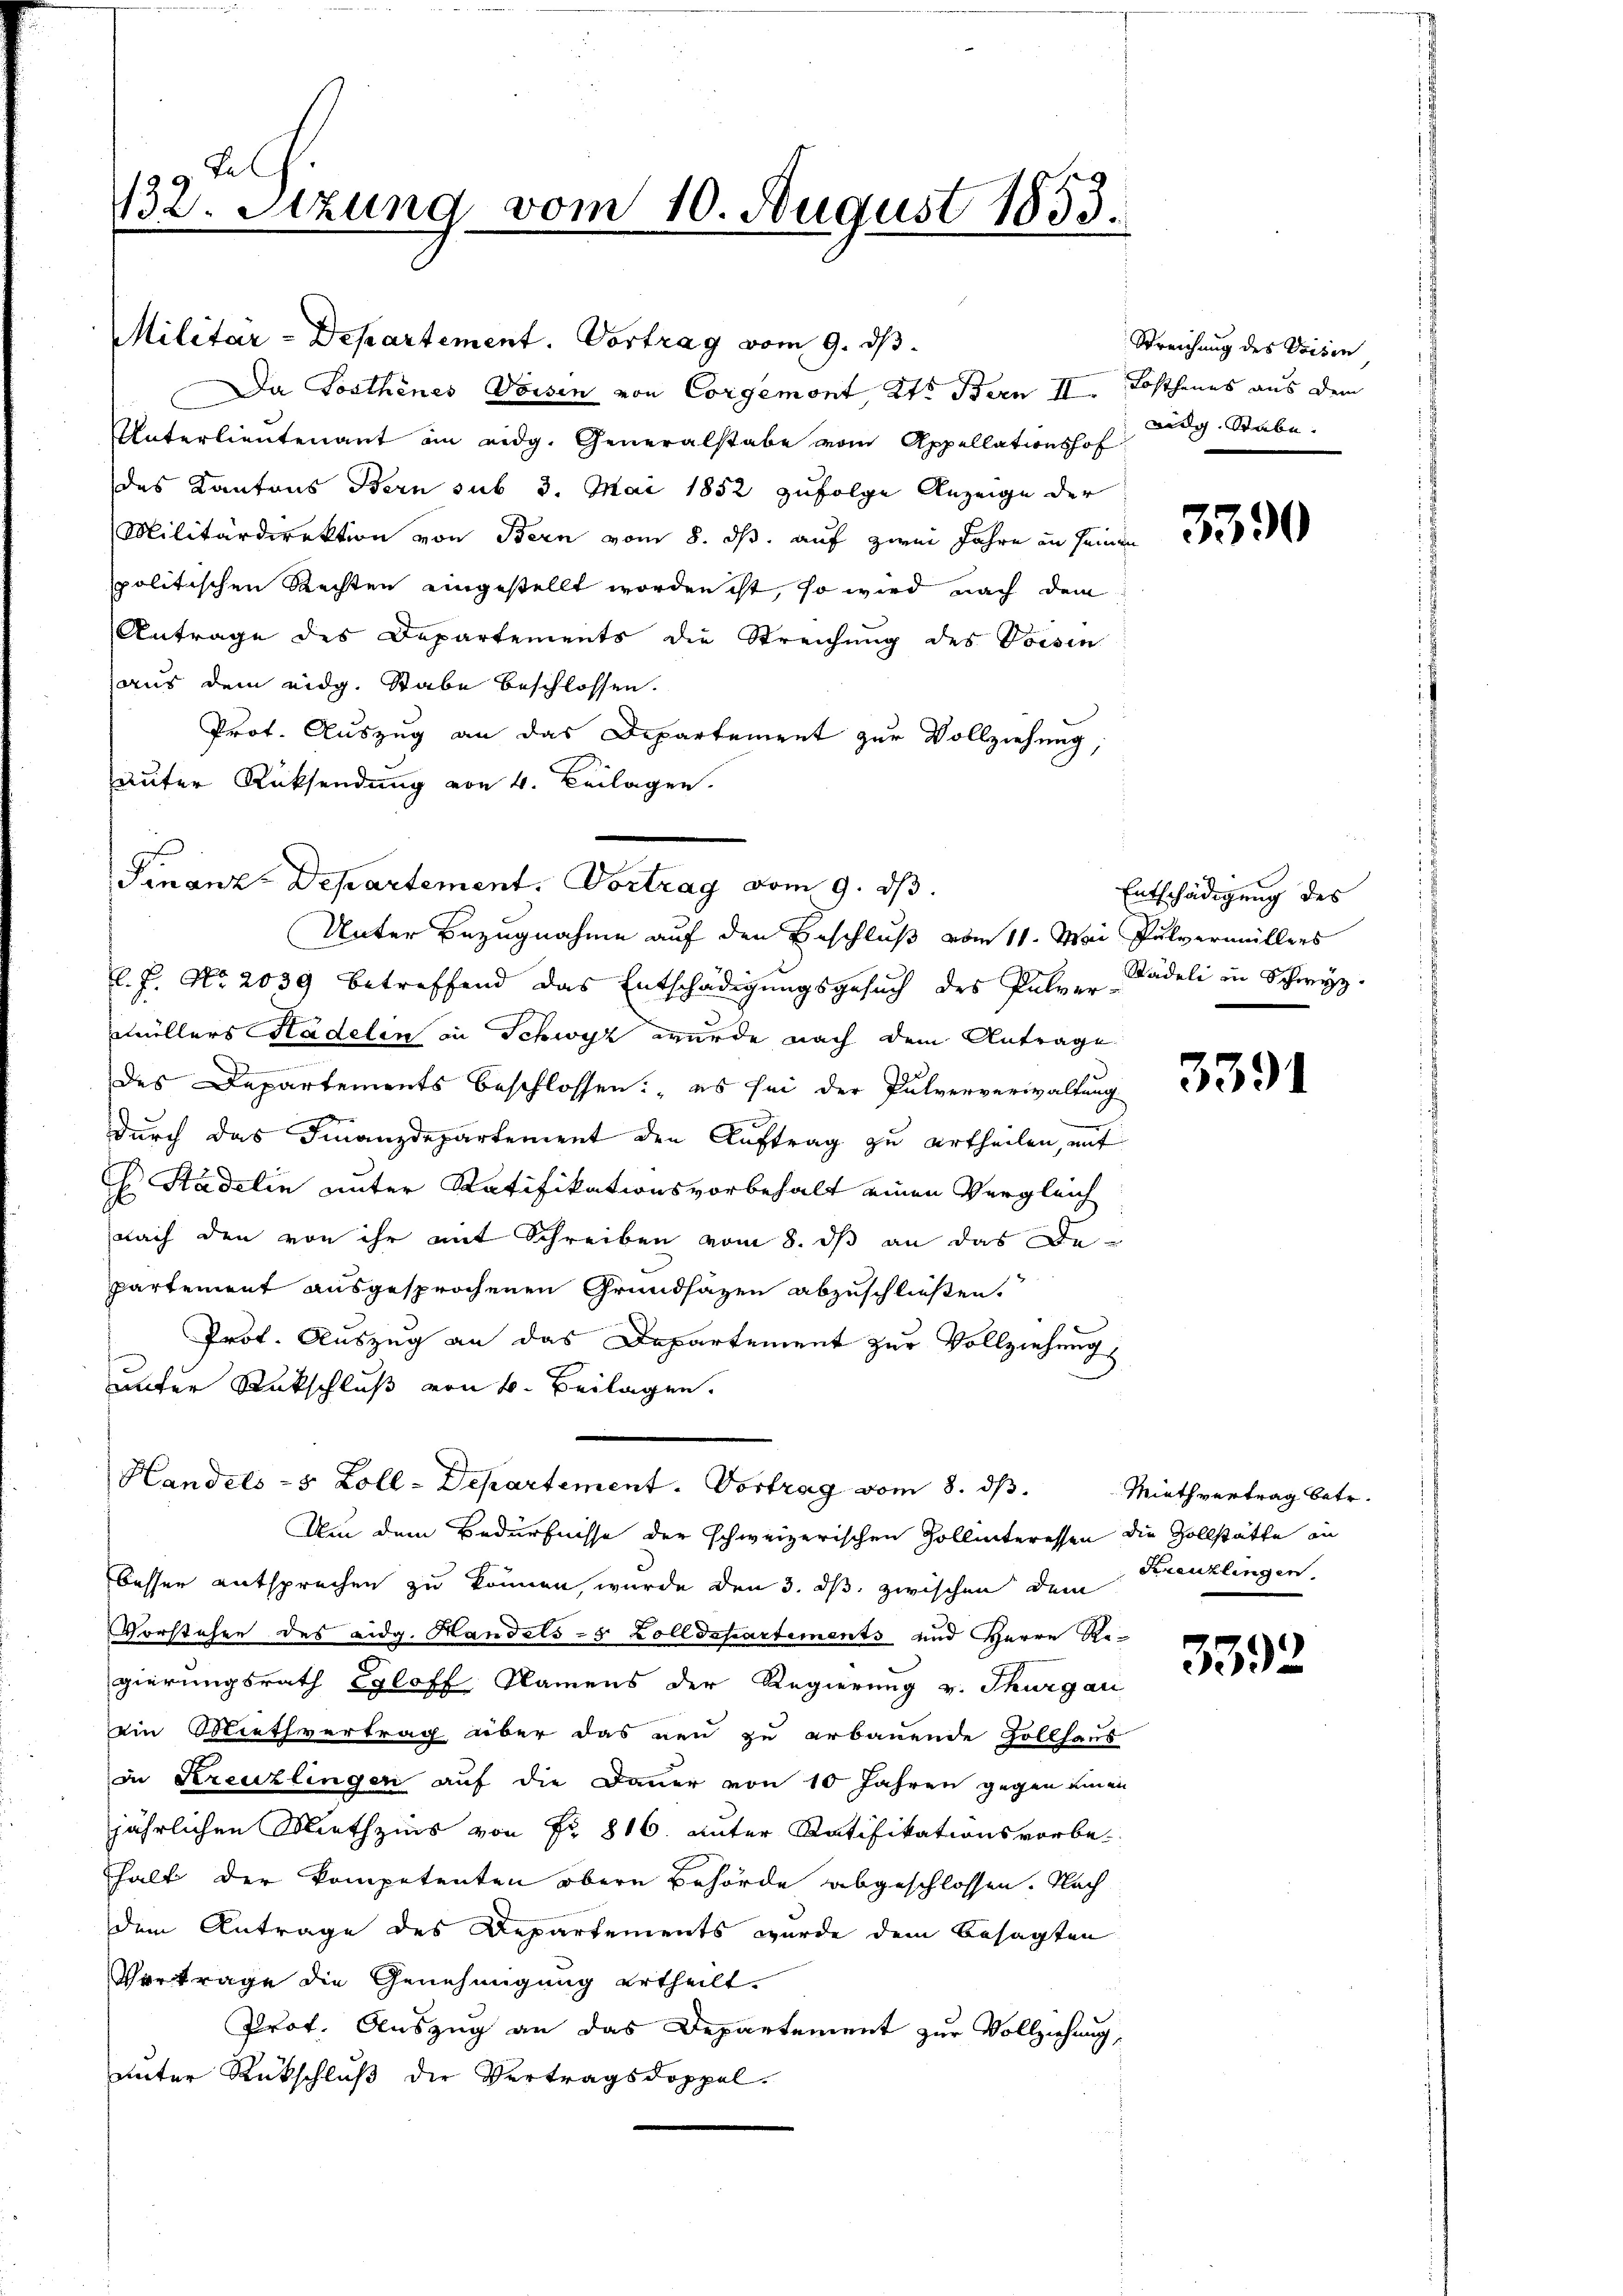
132. Stzung vom 10. August 1853.

Militar-Departement. Vortrag vom 9. ds.
Da Posthenes Weisen von Corgemont 2ts Bern II.
Unterlieutenant an eidg. Generalstabe vom Appellationshof
des Kantons Bern sub 3. Mai 1852 zufolge Anzeige der
Militärdirektion von Bern vom 8. d. auf zwei Jahre an seinen
spolitischen Rechten eingestellt worden ist, so wird nach dem
Antrage des Departements die Streichung des Vorsen
aus dem eidg. Stabe beschlossen.
Prot. Auszug an das Departement zur Vollziehung,
unter Rücksendung von 4. Beilagen.
Finanz-Departement. Vortrag vom 9. ds.
Unter Bezugnahme auf den Beschluß vom 11. Mai Pulvermillers
l. J. No. 2039 betreffend das Entschädigungsgesuch des Pulver Kadeli in Schwyz
müllers Stadelen in Schwyz wurde nach dem Antrage
d
des Departements beschlossen: „es sei der Pulververwaltung
durch das Finanzdepartement den Auftrag zu ertheilen, mit
H. Stadelin unter Ratifikationsvorbehalt einen Vergleich
nach den von ihr mit Schreiben vom 8. ds an das Departement ausgesprochenen Grundsätzen abzuschließen.
Prot. Auszug an das Departement zur Vollziehung
unter Rückschluß von 4. Beilagen.
Handels- 5 Zoll-Departement. Vortrag vom 8. ds.
Um dem Bedürfnisse der schweizerischen Zollinteressen die Zollstätte an
besser entsprechen zu können, wurde den 3. ds zwischen dem
Vorstehen des eidg. Handels- 5 Zolldepartements und Herrn Regierungsrath Egloff Namens der Regierung v. Thurgar
ein Miethvertrag aber das neu zu erbauende Zollsam
in Kreuzlingen auf die Dauer von 10 Jahren gegen ein
jährlichen Miethzins von Fr. 816. unter Ratifikationsvorbe-
halt der Kompetenten obern Behörde abgeschlossen. Nach
dem Antrage des Departements wurde dem besagten
Vertrage die Genehmigung ertheilt.
Prof. Auszug an das Departement zur Vollziehung,
unter Rückschluß die Vertragsdoppel¬

Streichung des Voisen
Lohthenes aus dem
widg. Stabe. |

3390

Entschädigung des

3391

Miethvertrag betr.
Kreuzlingen

3592